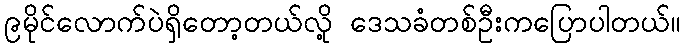
၉မိုင်လောက်ပဲရှိတော့တယ်လို့ ဒေသခံတစ်ဦးကပြောပါတယ်။